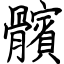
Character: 髕